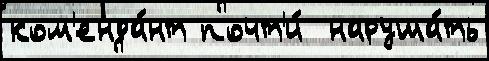
ком'енда́нт почт'и́  наруша́ть